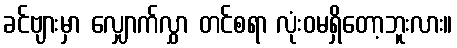
ခင်ဗျားမှာ လျှောက်လွှာ တင်စရာ လုံးဝမရှိတော့ဘူးလား။